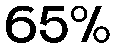
65%